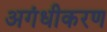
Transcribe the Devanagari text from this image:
अगंधीकरण